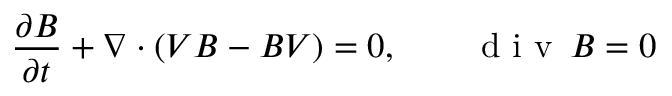
\frac { \partial \boldsymbol { B } } { \partial t } + \nabla \cdot ( { \boldsymbol { V } } { \boldsymbol { B } } - { \boldsymbol { B } } { \boldsymbol { V } } ) = 0 , \qquad \mathrm { ~ d ~ i ~ v ~ } \, { \boldsymbol { B } } = 0